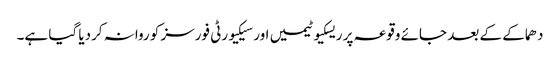
دھماکے کے بعد جائے وقوعہ پر ریسکیو ٹیمیں اور سیکیورٹی فورسز کو روانہ کردیا گیا ہے۔